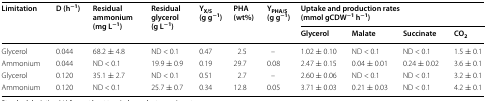
<table><thead><tr><td rowspan="2"><b>Limitation</b></td><td rowspan="2"><b>D (h<sup>−1</sup>)</b></td><td rowspan="2"><b>Residual ammonium (mg L<sup>−1</sup>)</b></td><td rowspan="2"><b>Residual glycerol (g L<sup>−1</sup>)</b></td><td rowspan="2"><b>Y<sub>X/S</sub> (g g<sup>−1</sup>)</b></td><td rowspan="2"><b>PHA (wt%)</b></td><td rowspan="2"><b>Y<sub>PHA/S</sub> (g g<sup>−1</sup>)</b></td><td colspan="4"><b>Uptake and production rates (mmol gCDW<sup>−1</sup> h<sup>−1</sup>)</b></td></tr><tr><td><b>Glycerol</b></td><td><b>Malate</b></td><td><b>Succinate</b></td><td><b>CO<sub>2</sub></b></td></tr></thead><tbody><tr><td>Glycerol</td><td>0.044</td><td>68.2 ± 4.8</td><td>ND &lt; 0.1</td><td>0.47</td><td>2.5</td><td>–</td><td>1.02 ± 0.10</td><td>ND &lt; 0.1</td><td>ND &lt; 0.1</td><td>1.5 ± 0.1</td></tr><tr><td>Ammonium</td><td>0.044</td><td>ND &lt; 0.1</td><td>19.9 ± 0.9</td><td>0.19</td><td>29.7</td><td>0.08</td><td>2.47 ± 0.15</td><td>0.04 ± 0.01</td><td>0.24 ± 0.02</td><td>3.6 ± 0.1</td></tr><tr><td>Glycerol</td><td>0.120</td><td>35.1 ± 2.7</td><td>ND &lt; 0.1</td><td>0.51</td><td>2.7</td><td>–</td><td>2.60 ± 0.06</td><td>ND &lt; 0.1</td><td>ND &lt; 0.1</td><td>3.2 ± 0.1</td></tr><tr><td>Ammonium</td><td>0.120</td><td>ND &lt; 0.1</td><td>25.7 ± 0.7</td><td>0.34</td><td>12.8</td><td>0.05</td><td>3.71 ± 0.03</td><td>0.21 ± 0.03</td><td>ND &lt; 0.1</td><td>4.2 ± 0.1</td></tr></tbody></table>